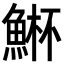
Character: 𮫾